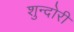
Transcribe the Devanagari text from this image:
शुन्दोरी